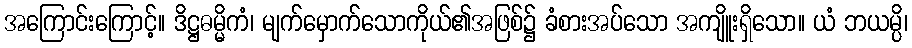
အကြောင်းကြောင့်။ ဒိဋ္ဌဓမ္မိကံ၊ မျက်မှောက်သောကိုယ်၏အဖြစ်၌ ခံစားအပ်သော အကျိူးရှိသော။ ယံ ဘယမ္ပိ၊